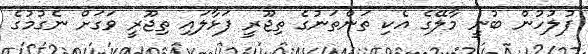
ފުލުހުން ބުނީ މާލޭގެ އެކި ތަންތަނުގެ ތިޖޫރީ ފަޅާލައި ތިޖޫރީ ވަގަށް ނެގުމުގެ